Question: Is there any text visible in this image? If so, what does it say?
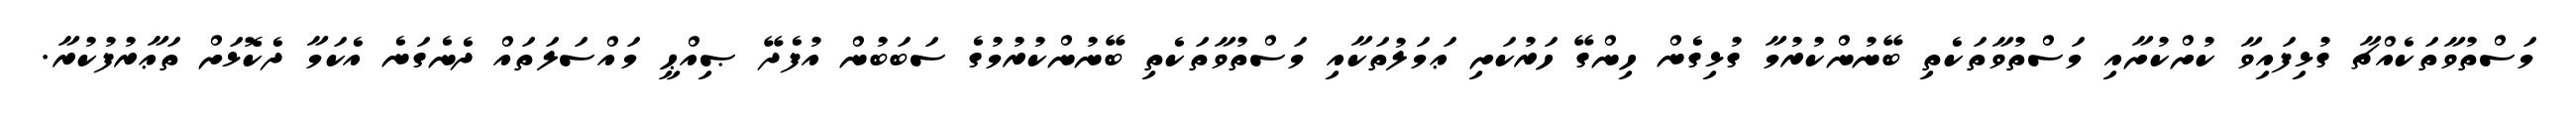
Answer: މަސްތުވާތަކެއްޗާ ގުޅިފައިވާ ކުށްކުށާއި މަސްތުވާތަކެތި ބޭނުންކުރުމާ ގުޅިގެން ހިންގޭ ހަރުކަށި ޢަމަލުތަކާއި މަސްތުވާތަކެތި ބޭނުންކުރުމުގެ ސަބަބުން އުފެދޭ ޞިއްޙީ މައްސަލަތައް ދެނެގަނެ އެކަމާ ދެކޮޅަށް ތަޢާރުފުކުރާ.